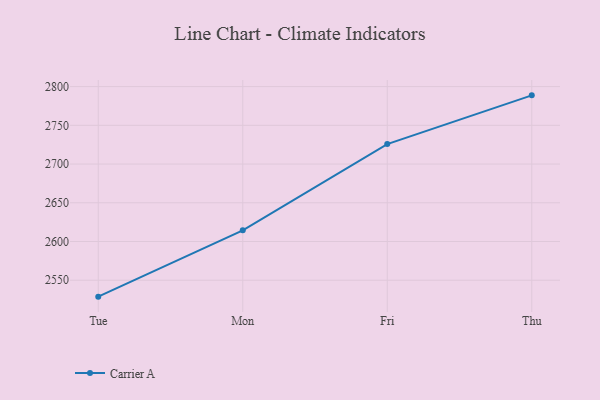
{"axis": {"x": "Day", "y": "Humidity (%)"}, "legend": ["Carrier A"], "data": [{"x": "Tue", "y": 2528.8, "type": "Carrier A"}, {"x": "Mon", "y": 2614.4, "type": "Carrier A"}, {"x": "Fri", "y": 2725.8, "type": "Carrier A"}, {"x": "Thu", "y": 2788.7, "type": "Carrier A"}]}